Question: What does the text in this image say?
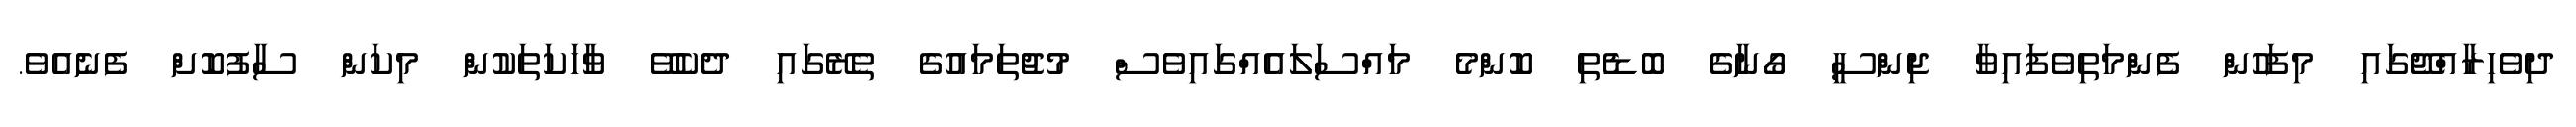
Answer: ދިވެހިރާއްޖޭގައި މިފަހުން ފެންމަތިވެފައިވާ ޖިންސީ ގޯނާގެ ބޮޑެތި ކޮންމެ މައްސަލައެއްގައިވެސް މުޖުތަމައުގެ ތެރޭގައި ދެކެވޭ ވާހަކަތަކުން މިކަން ސާފުކޮށް ފެނެއެވެ.